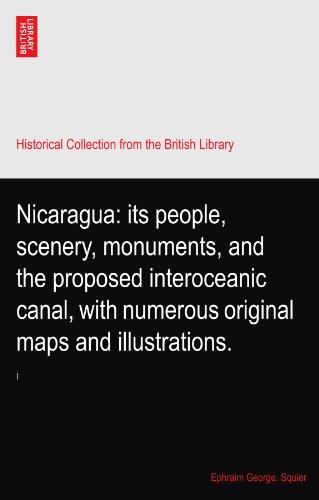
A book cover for Nicaragua: its people, scenery, monuments, and the proposed interoceanic canal, with numerous original maps and illustrations.; Ephraim George. Squier; Travel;